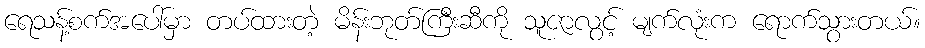
ရေသန့်စက်အပေါ်မှာ တပ်ထားတဲ့ မိန်းဘုတ်ကြီးဆီကို သူဇာလွင့် မျက်လုံးက ရောက်သွားတယ်။